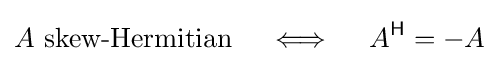
A{\text{ skew-Hermitian}}\quad \iff \quad A^{\mathsf {H}}=-A